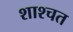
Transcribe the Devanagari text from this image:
शाश्चत